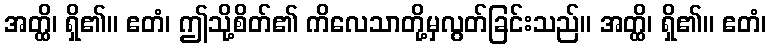
အတ္ထိ၊ ရှိ၏။ ဧတံ၊ ဤသို့စိတ်၏ ကိလေသာတို့မှလွတ်ခြင်းသည်။ အတ္ထိ၊ ရှိ၏။ ဧတံ၊